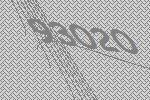
93020